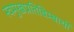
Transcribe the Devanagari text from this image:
स्वमुखप्रतिबिम्बार्थी